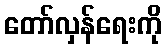
တော်လှန်ရေးကို